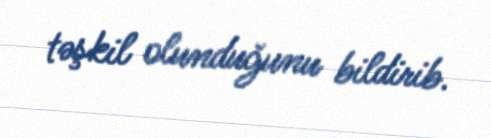
təşkil olunduğunu bildirib.